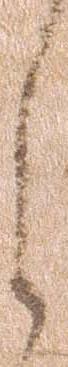
之